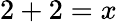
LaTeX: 2+2=x